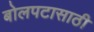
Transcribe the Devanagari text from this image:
बोलपटासाठी